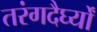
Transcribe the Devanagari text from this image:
तरंगदैर्घ्यों